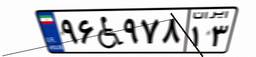
۸۸W۶۶۹۹۴